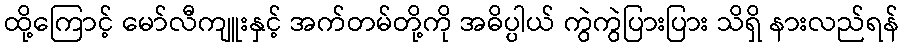
ထို့ကြောင့် မော်လီကျူးနှင့် အက်တမ်တို့ကို အဓိပ္ပါယ် ကွဲကွဲပြားပြား သိရှိ နားလည်ရန်